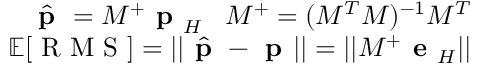
\begin{array} { r } { \hat { \textbf { p } } = M ^ { + } \textbf { p } _ { H } \; \; \; M ^ { + } = ( M ^ { T } M ) ^ { - 1 } M ^ { T } } \\ { \mathbb { E } [ \textrm { R M S } ] = | | \hat { \textbf { p } } - \textbf { p } | | = | | M ^ { + } \textbf { e } _ { H } | | } \end{array}